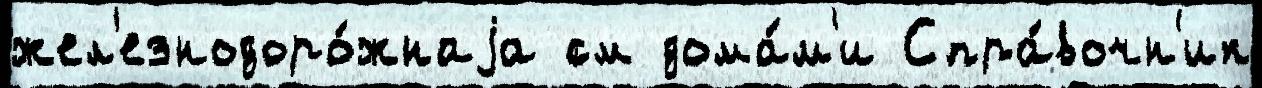
жел'езнодоро́жнаjа см дома́м'и Спра́вочн'ик